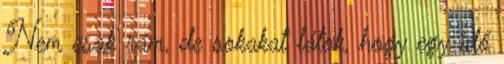
Nem csak rám, de sokakat látok, hogy egy idő